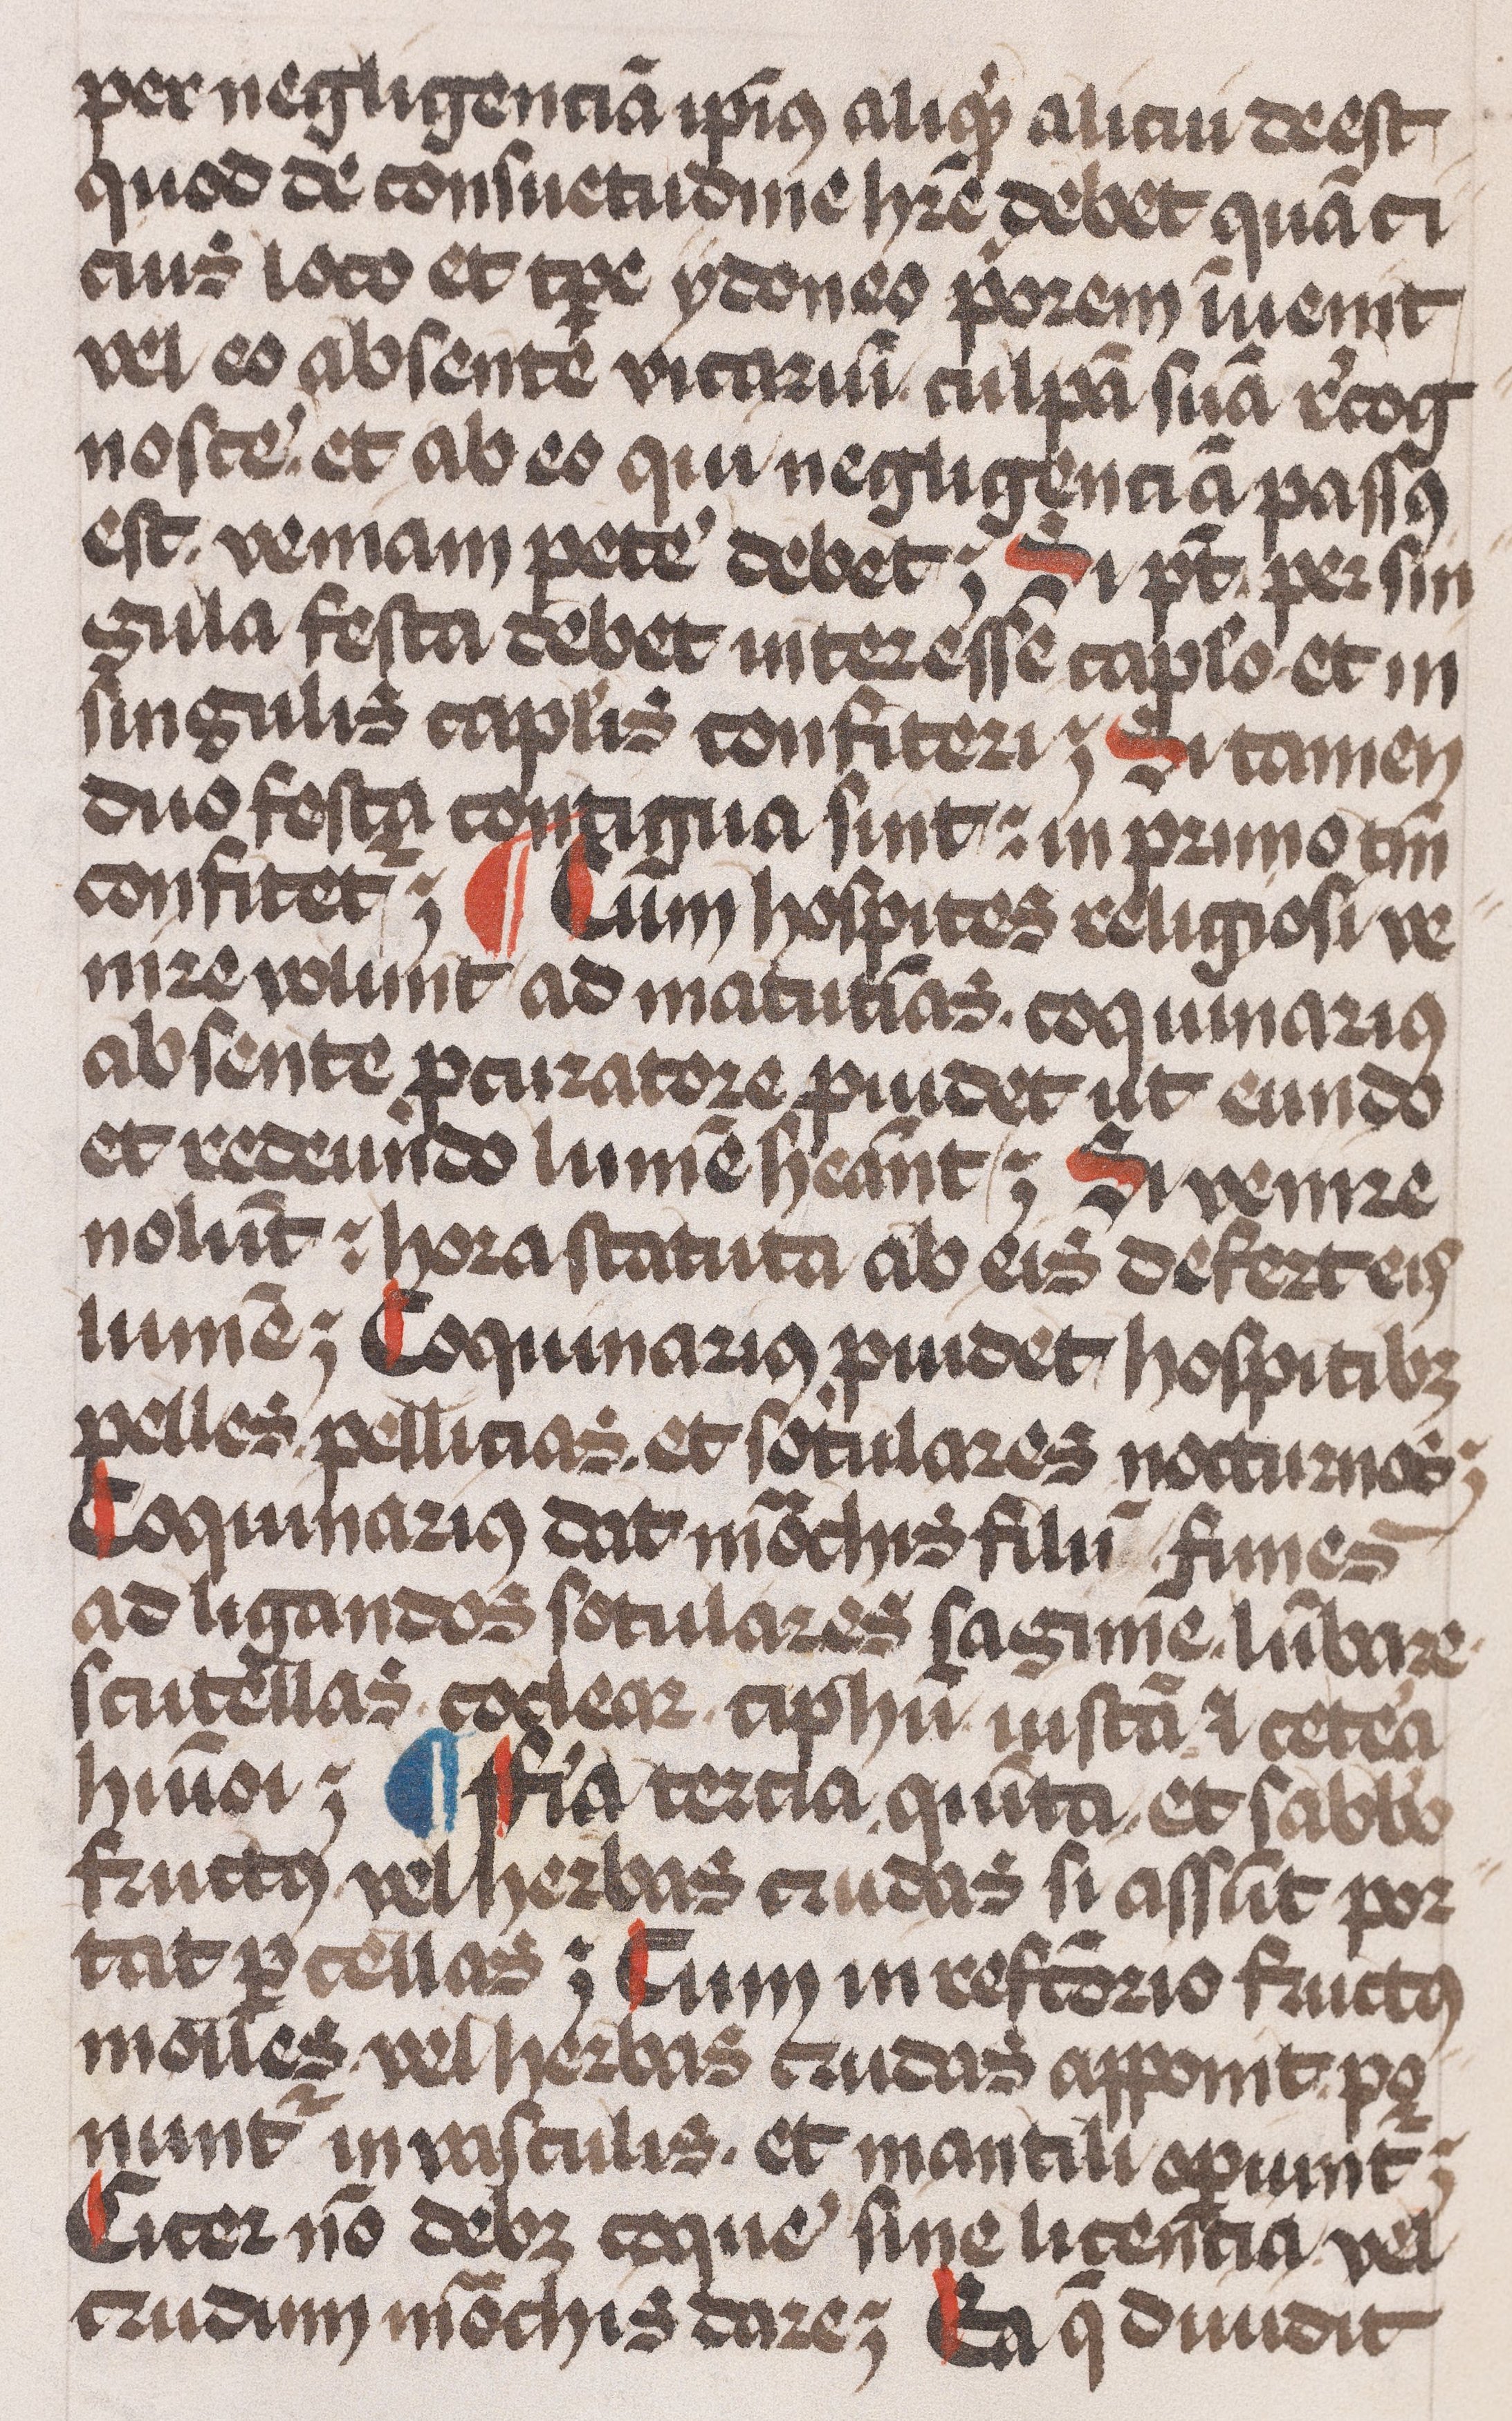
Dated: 1479–1479